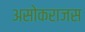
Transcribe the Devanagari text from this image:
असोकराजस